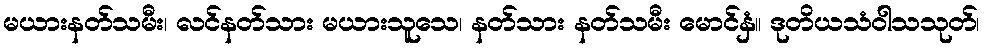
မယားနတ်သမီး၊ လင်နတ်သား မယားသူသေ၊ နတ်သား နတ်သမီး မောင်နှံ။ ဒုတိယသံဝါသသုတ်၊